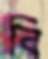
বি